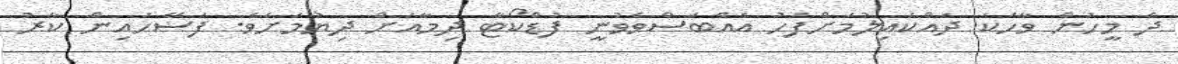
ދެ މީހުން ވާހަކަ ދައްކައިލުމަށްފަހު އެއްބަސްވެވުނީ ފުޑްކޯޓާ ދިމާއަށް ދިޔުމަށެވެ. ފަސޭހައިން ކާރު